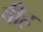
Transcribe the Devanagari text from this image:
वीह